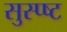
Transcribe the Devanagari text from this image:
सुस्प्ष्ट